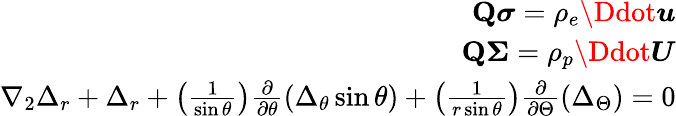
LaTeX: \begin{array}{r}{\mathbf{Q}\boldsymbol{\sigma}=\rho_{e}\boldsymbol{\Ddot{u}}}\\ {\mathbf{Q}\boldsymbol{\Sigma}=\rho_{p}\boldsymbol{\Ddot{U}}}\\ {\nabla_{2}\Delta_{r}+\Delta_{r}+\left(\frac{1}{\sin\theta}\right)\frac{\partial}{\partial\theta}\left(\Delta_{\theta}\sin\theta\right)+\left(\frac{1}{r\sin\theta}\right)\frac{\partial}{\partial\Theta}\left(\Delta_{\Theta}\right)=0}\end{array}